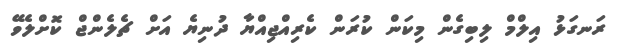
ރަނގަޅު އިލްމް ލިބިގެން މިކަން ކުރަން ކެރިއްޖިއްޔާ ދުނިޔެ އަށް ޗެލެންޖް ކޮށްލެވޭ